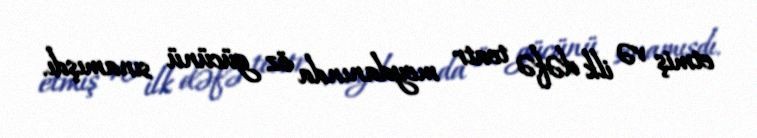
etmiş və ilk dəfə teatr meydanında öz gücünü sınamışdı.